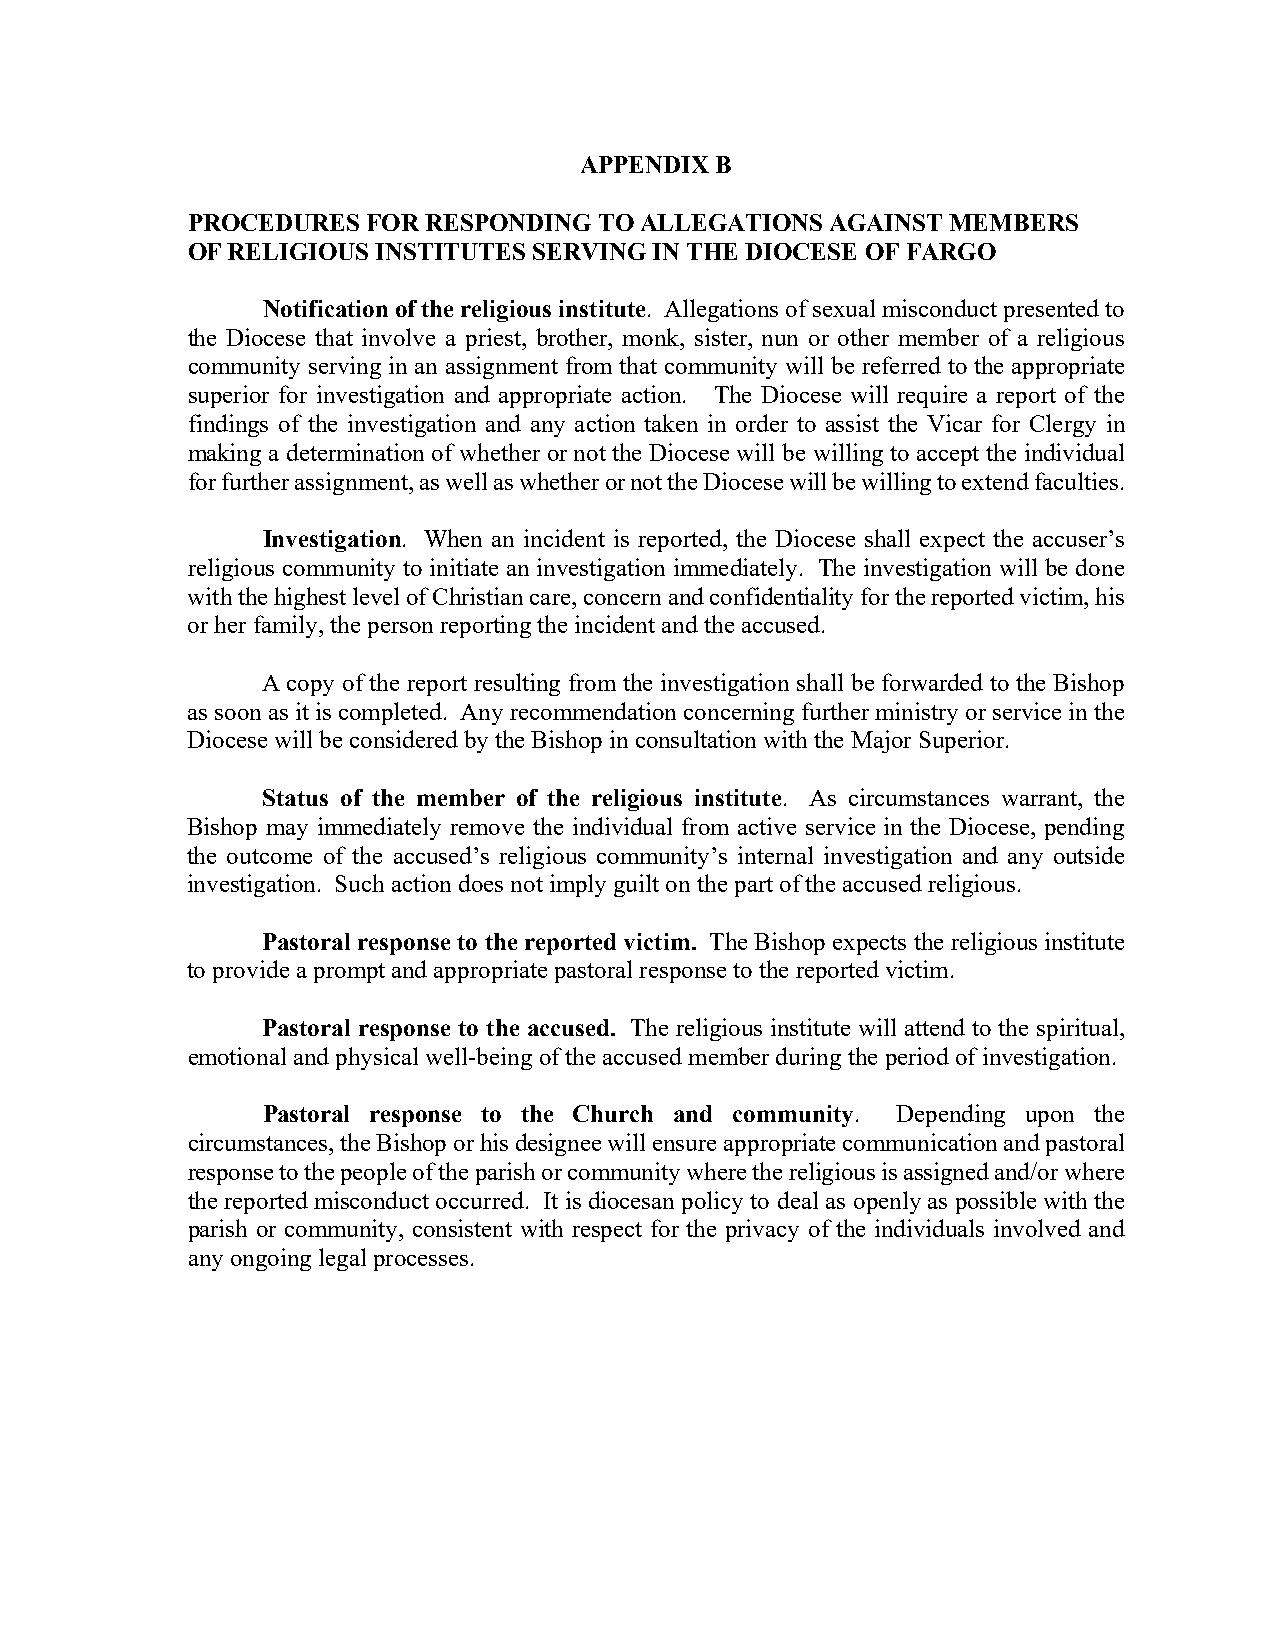
APPENDIX B
 PROCEDURES  FOR RESPONDING  TO ALLEGATIONS AGAINST MEMBERS
 OF RELIGIOUS INSTITUTES SERVING IN THE DIOCESE OF FARGO
 Notification of the religious institute. Allegations of sexual misconduct presented to
 the Diocese that involve a priest, brother, monk, sister, nun or other member of a religious
 community serving in an assignment from that community will be referred to the appropriate
 superior for investigation and appropriate action. The Diocese will require a report of the
 findings of the investigation and any action taken in order to assist the Vicar for Clergy in
 making a determination of whether or not the Diocese will be willing to accept the individual
 for further assignment, as well as whether or not the Diocese will be willing to extend faculties.
 Investigation. When an incident is reported, the Diocese shall expect the accuser’s
 religious community to initiate an investigation immediately. The investigation will be done
 with the highest level of Christian care, concern and confidentiality for the reported victim, his
 or her family, the person reporting the incident and the accused.
 A copy of the report resulting from the investigation shall be forwarded to the Bishop
 as soon as it is completed. Any recommendation concerning further ministry or service in the
 Diocese will be considered by the Bishop in consultation with the Major Superior.
 Status of the member of the religious institute. As circumstances warrant, the
 Bishop may immediately remove the individual from active service in the Diocese, pending
 the outcome of the accused’s religious community’s internal investigation and any outside
 investigation. Such action does not imply guilt on the part of the accused religious.
 Pastoral response to the reported victim. The Bishop expects the religious institute
 to provide a prompt and appropriate pastoral response to the reported victim.
 Pastoral response to the accused. The religious institute will attend to the spiritual,
 emotional and physical well-being of the accused member during the period of investigation.
 Pastoral response to the Church and community. Depending upon the
 circumstances, the Bishop or his designee will ensure appropriate communication and pastoral
 response to the people of the parish or community where the religious is assigned and/or where
 the reported misconduct occurred. It is diocesan policy to deal as openly as possible with the
 parish or community, consistent with respect for the privacy of the individuals involved and
 any ongoing legal processes.